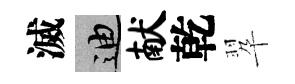
滅迪献乾翆